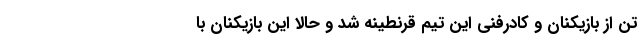
تن از بازیکنان و کادرفنی این تیم قرنطینه شد و حالا این بازیکنان با